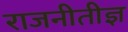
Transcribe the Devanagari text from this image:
राजनीतीज्ञ